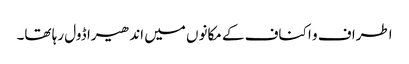
اطراف و اکناف کے مکانوں میں اندھیرا ڈول رہا تھا۔